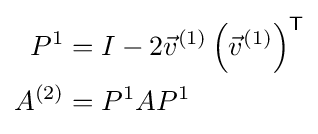
{\begin{aligned}P^{1}&=I-2{\vec {v}}^{(1)}\left({\vec {v}}^{(1)}\right)^{\textsf {T}}\\A^{(2)}&=P^{1}AP^{1}\end{aligned}}